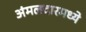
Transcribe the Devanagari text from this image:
अंमलदारमध्ये